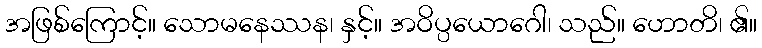
အဖြစ်ကြောင့်။ သောမနေဿန၊ နှင့်။ အဝိပ္ပယောဂေါ၊ သည်။ ဟောတိ၊ ၏။